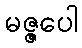
မဇ္ဇပေါ